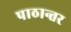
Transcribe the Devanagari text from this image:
पाठान्तर